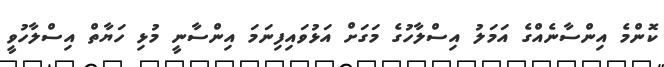
ކޮންމެ އިންސާނެއްގެ އަމަލު އިސްލާހުގެ މަގަށް އަޅުވައިފިނަމަ އިންސާނީ މުޅި ހަޔާތް އިސްލާހުވީ